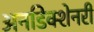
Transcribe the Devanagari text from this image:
अनडिक्शेनरी